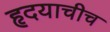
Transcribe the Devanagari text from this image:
हृदयाचीच